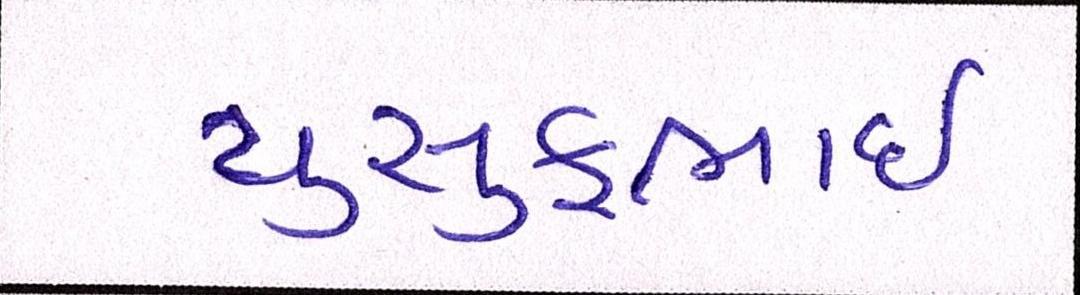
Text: યુસુફભાઈ